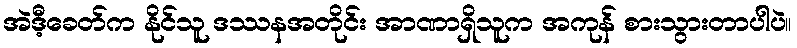
အဲဒီ့ခေတ်က နိုင်သူ ဒဿနအတိုင်း အာဏာရှိသူက အကုန် စားသွားတာပါပဲ။